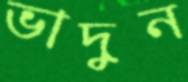
ভাদুন